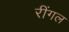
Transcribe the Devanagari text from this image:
रींगल